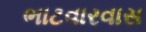
ભાટવારવાસ